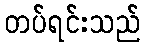
တပ်ရင်းသည်